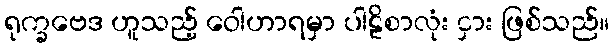
ရုက္ခဗေဒ ဟူသည့် ဝေါဟာရမှာ ပါဠိစာလုံး ငှား ဖြစ်သည်။